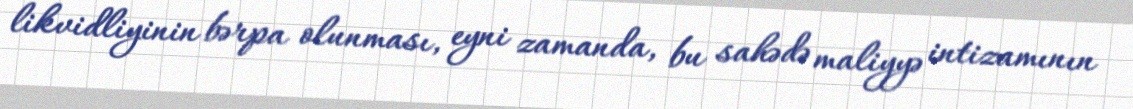
likvidliyinin bərpa olunması, eyni zamanda, bu sahədə maliyyə intizamının